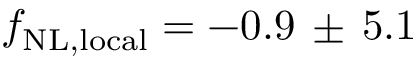
f _ { \mathrm { N L , l o c a l } } = - 0 . 9 \, \pm \, 5 . 1